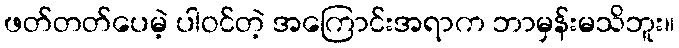
ဖတ်တတ်ပေမဲ့ ပါဝင်တဲ့ အကြောင်းအရာက ဘာမှန်းမသိဘူး။